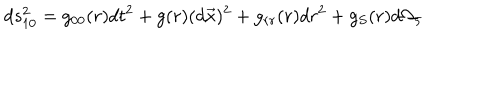
d s _ { 1 0 } ^ { 2 } = g _ { 0 0 } ( r ) d t ^ { 2 } + g ( r ) ( d \vec { x } ) ^ { 2 } + g _ { r r } ( r ) d r ^ { 2 } + g _ { S } ( r ) d \Omega _ { 5 }